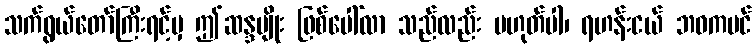
သက်ရွယ်တော်ကြီးရင့်မှ ဤဆန္ဒမျိုး ဖြစ်ပေါ်လာ သည်လည်း မဟုတ်ပါ၊ ရဟန်းငယ် ဘဝကပင်